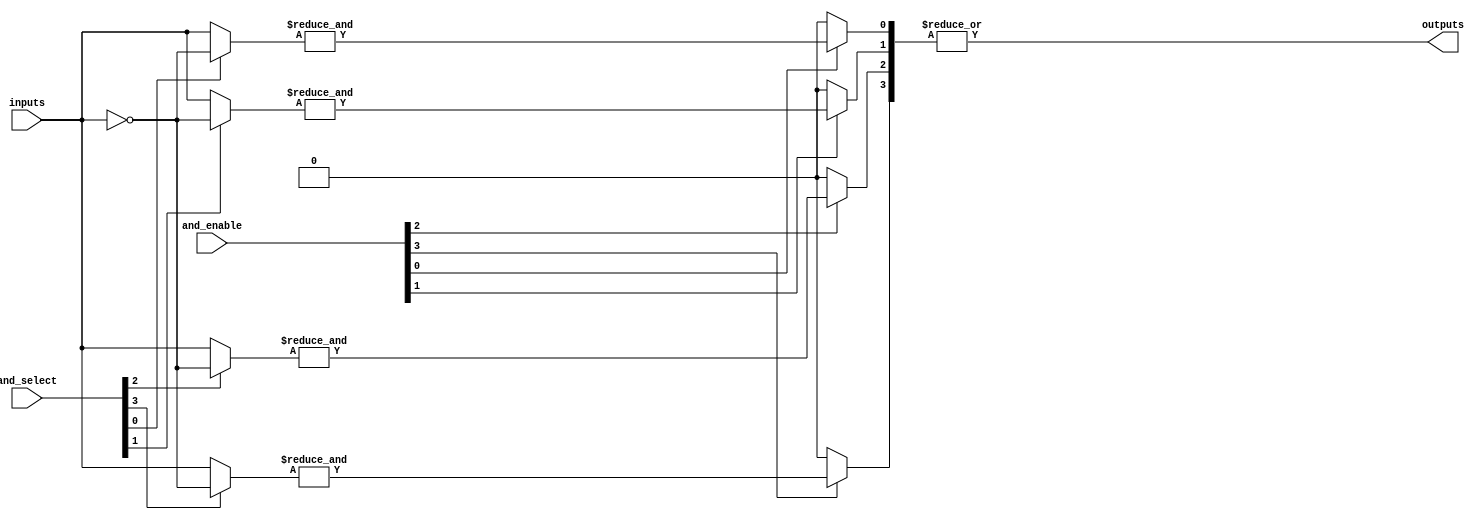
module GPAL #(
    parameter NUM_INPUTS = 8,   // Number of input signals
    parameter NUM_AND_GATES = 4, // Number of AND gates
    parameter NUM_OR_GATES = 1    // Number of OR gates
)(
    input wire [NUM_INPUTS-1:0] inputs, // Input signals
    input wire [NUM_AND_GATES-1:0] and_enable, // Control signals for AND gates
    input wire [NUM_AND_GATES-1:0] and_select, // Select lines for AND gates
    output wire [NUM_OR_GATES-1:0] outputs // Output signals
);

// Intermediate signals for AND gates
wire [NUM_AND_GATES-1:0] and_outputs;

// Generate AND gates
genvar i;
generate
    for (i = 0; i < NUM_AND_GATES; i = i + 1) begin : and_gate
        wire [NUM_INPUTS-1:0] and_inputs;
        
        // Select inputs for the AND gate based on the programming
        assign and_inputs = and_select[i] ? ~inputs : inputs; // Invert if selected
        
        // AND gate operation
        assign and_outputs[i] = and_enable[i] ? &and_inputs : 1'b0; // AND operation
    end
endgenerate

// Fixed OR gate combining outputs from AND gates
assign outputs[0] = |and_outputs; // OR operation for single output

endmodule